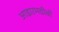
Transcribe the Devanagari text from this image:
आइएमडीबी